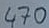
Text: 470